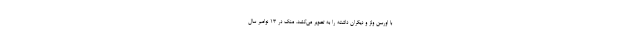
با اورسن ولز و دیگران داشته را به تصویر می‌کشد. منک در ۱۳ نوامبر سال